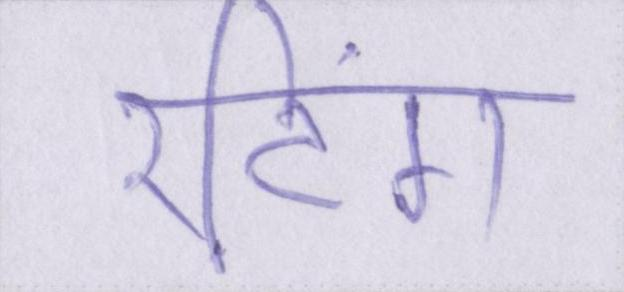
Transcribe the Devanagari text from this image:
रटिंग